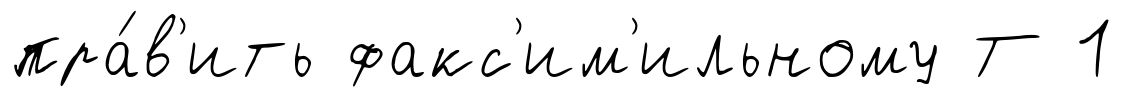
пра́в'ить факс'им'ильному Т 1